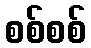
စစ်စစ်